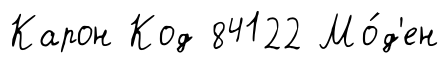
Карон Код 84122 Мо́д'ен